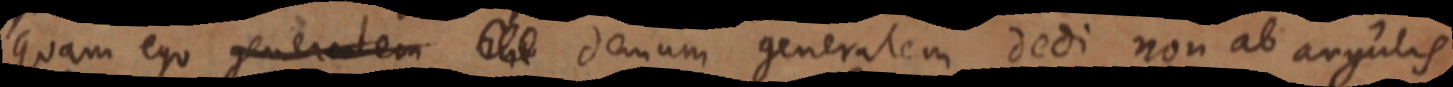
quam ego generatem _ demum generatem dedi non ab angulis